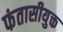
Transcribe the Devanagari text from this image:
फंतासीयुक्त